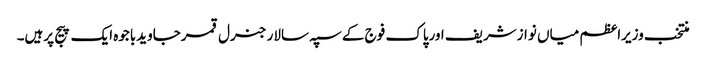
منتخب وزیراعظم میاں نوازشریف اورپاک فوج کے سپہ سالار جنرل قمرجاویدباجوہ ایک پیج پرہیں۔